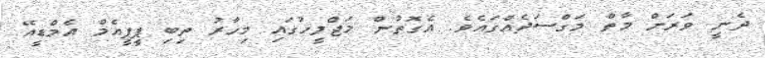
ދެނީ ވަރަށް މާތް މަގްސަދެއްގައެވެ. އެގޮތުން މަޖްލީހުގައި މިހާރު ތިބި ޕީޕީއެމް އެމްޑީއޭ